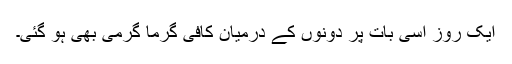
ایک روز اسی بات پر دونوں کے درمیان کافی گرما گرمی بھی ہو گئی۔